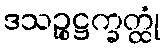
ဒသဉ္စဋ္ဌက္ခတ္ထုံ